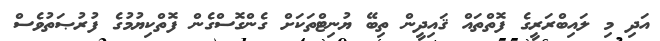
އަދި މި ލައިބްރަރީގެ ފޮތްތައް ޤައިދީން ތިބޭ ޔުނިޓްތަކަށް ގެންގޮސްގެން ފޮތްކިޔުމުގެ ފުރުޞަތުވެސް